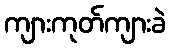
ကျားကုတ်ကျားခဲ